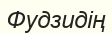
Фудзидің